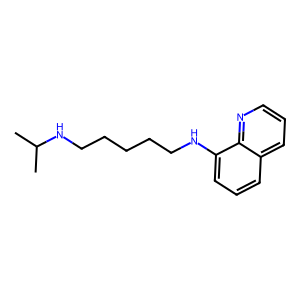
SMILES: CC(C)NCCCCCNc1cccc2cccnc12
Inhibits HIV replication: No